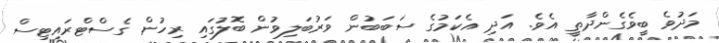
މަދުވެ ބީވެގެންދާތީ އެވެ. އަދި އެކަމުގެ ސަބަބުން ވަރުބަލިވުން ބޮލުގައި ރިހުން ގެސްޓްރައިޓިސް